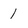
Character: 1